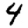
Digit: 4